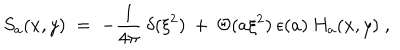
LaTeX: S _ { a } ( x , y ) \; = \; - \frac { 1 } { 4 \pi } \: \delta ( \xi ^ { 2 } ) \: + \: \Theta ( a \xi ^ { 2 } ) \: \epsilon ( a ) \: H _ { a } ( x , y ) \; ,